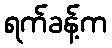
ရက်ခန့်က